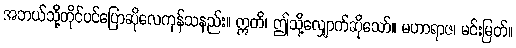
အဘယ်သို့တိုင်ပင်ပြောဆိုလေကုန်သနည်း။ ဣတိ၊ ဤသို့လျှောက်ဆိုသော်။ မဟာရာဇ၊ မင်းမြတ်။